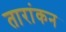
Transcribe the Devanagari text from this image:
तारांकन